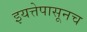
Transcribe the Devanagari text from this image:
इयत्तेपासूनच